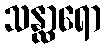
သန္ထာရော